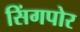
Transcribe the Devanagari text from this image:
सिंगपोर